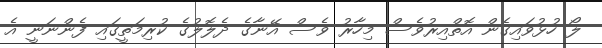
ލޯ ހުޅުވައިގެން އޮތްއިރުވެސް މިހާރު ވެސް އޭނާގެ ދެލޮލުގެ ކުރިމަތީގައި ފެންނަނީ އެ